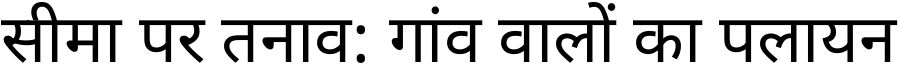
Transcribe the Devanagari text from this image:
सीमा पर तनाव: गांव वालों का पलायन